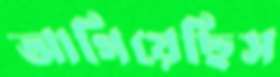
আগিয়েছিস